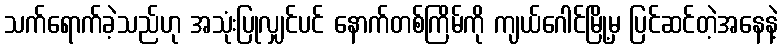
သက်ရောက်ခဲ့သည်ဟု အသုံးပြုလျှင်ပင် နောက်တစ်ကြိမ်ကို ကျယ်ဂေါင်မြို့မှ ပြင်ဆင်တဲ့အနေနဲ့